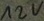
Text: 12V